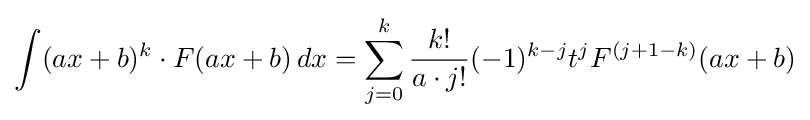
\int (ax+b)^{k}\cdot F(ax+b)\,dx=\sum _{j=0}^{k}{\frac {k!}{a\cdot j!}}(-1)^{k-j}t^{j}F^{(j+1-k)}(ax+b)